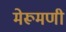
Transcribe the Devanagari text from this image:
मेरूमणी